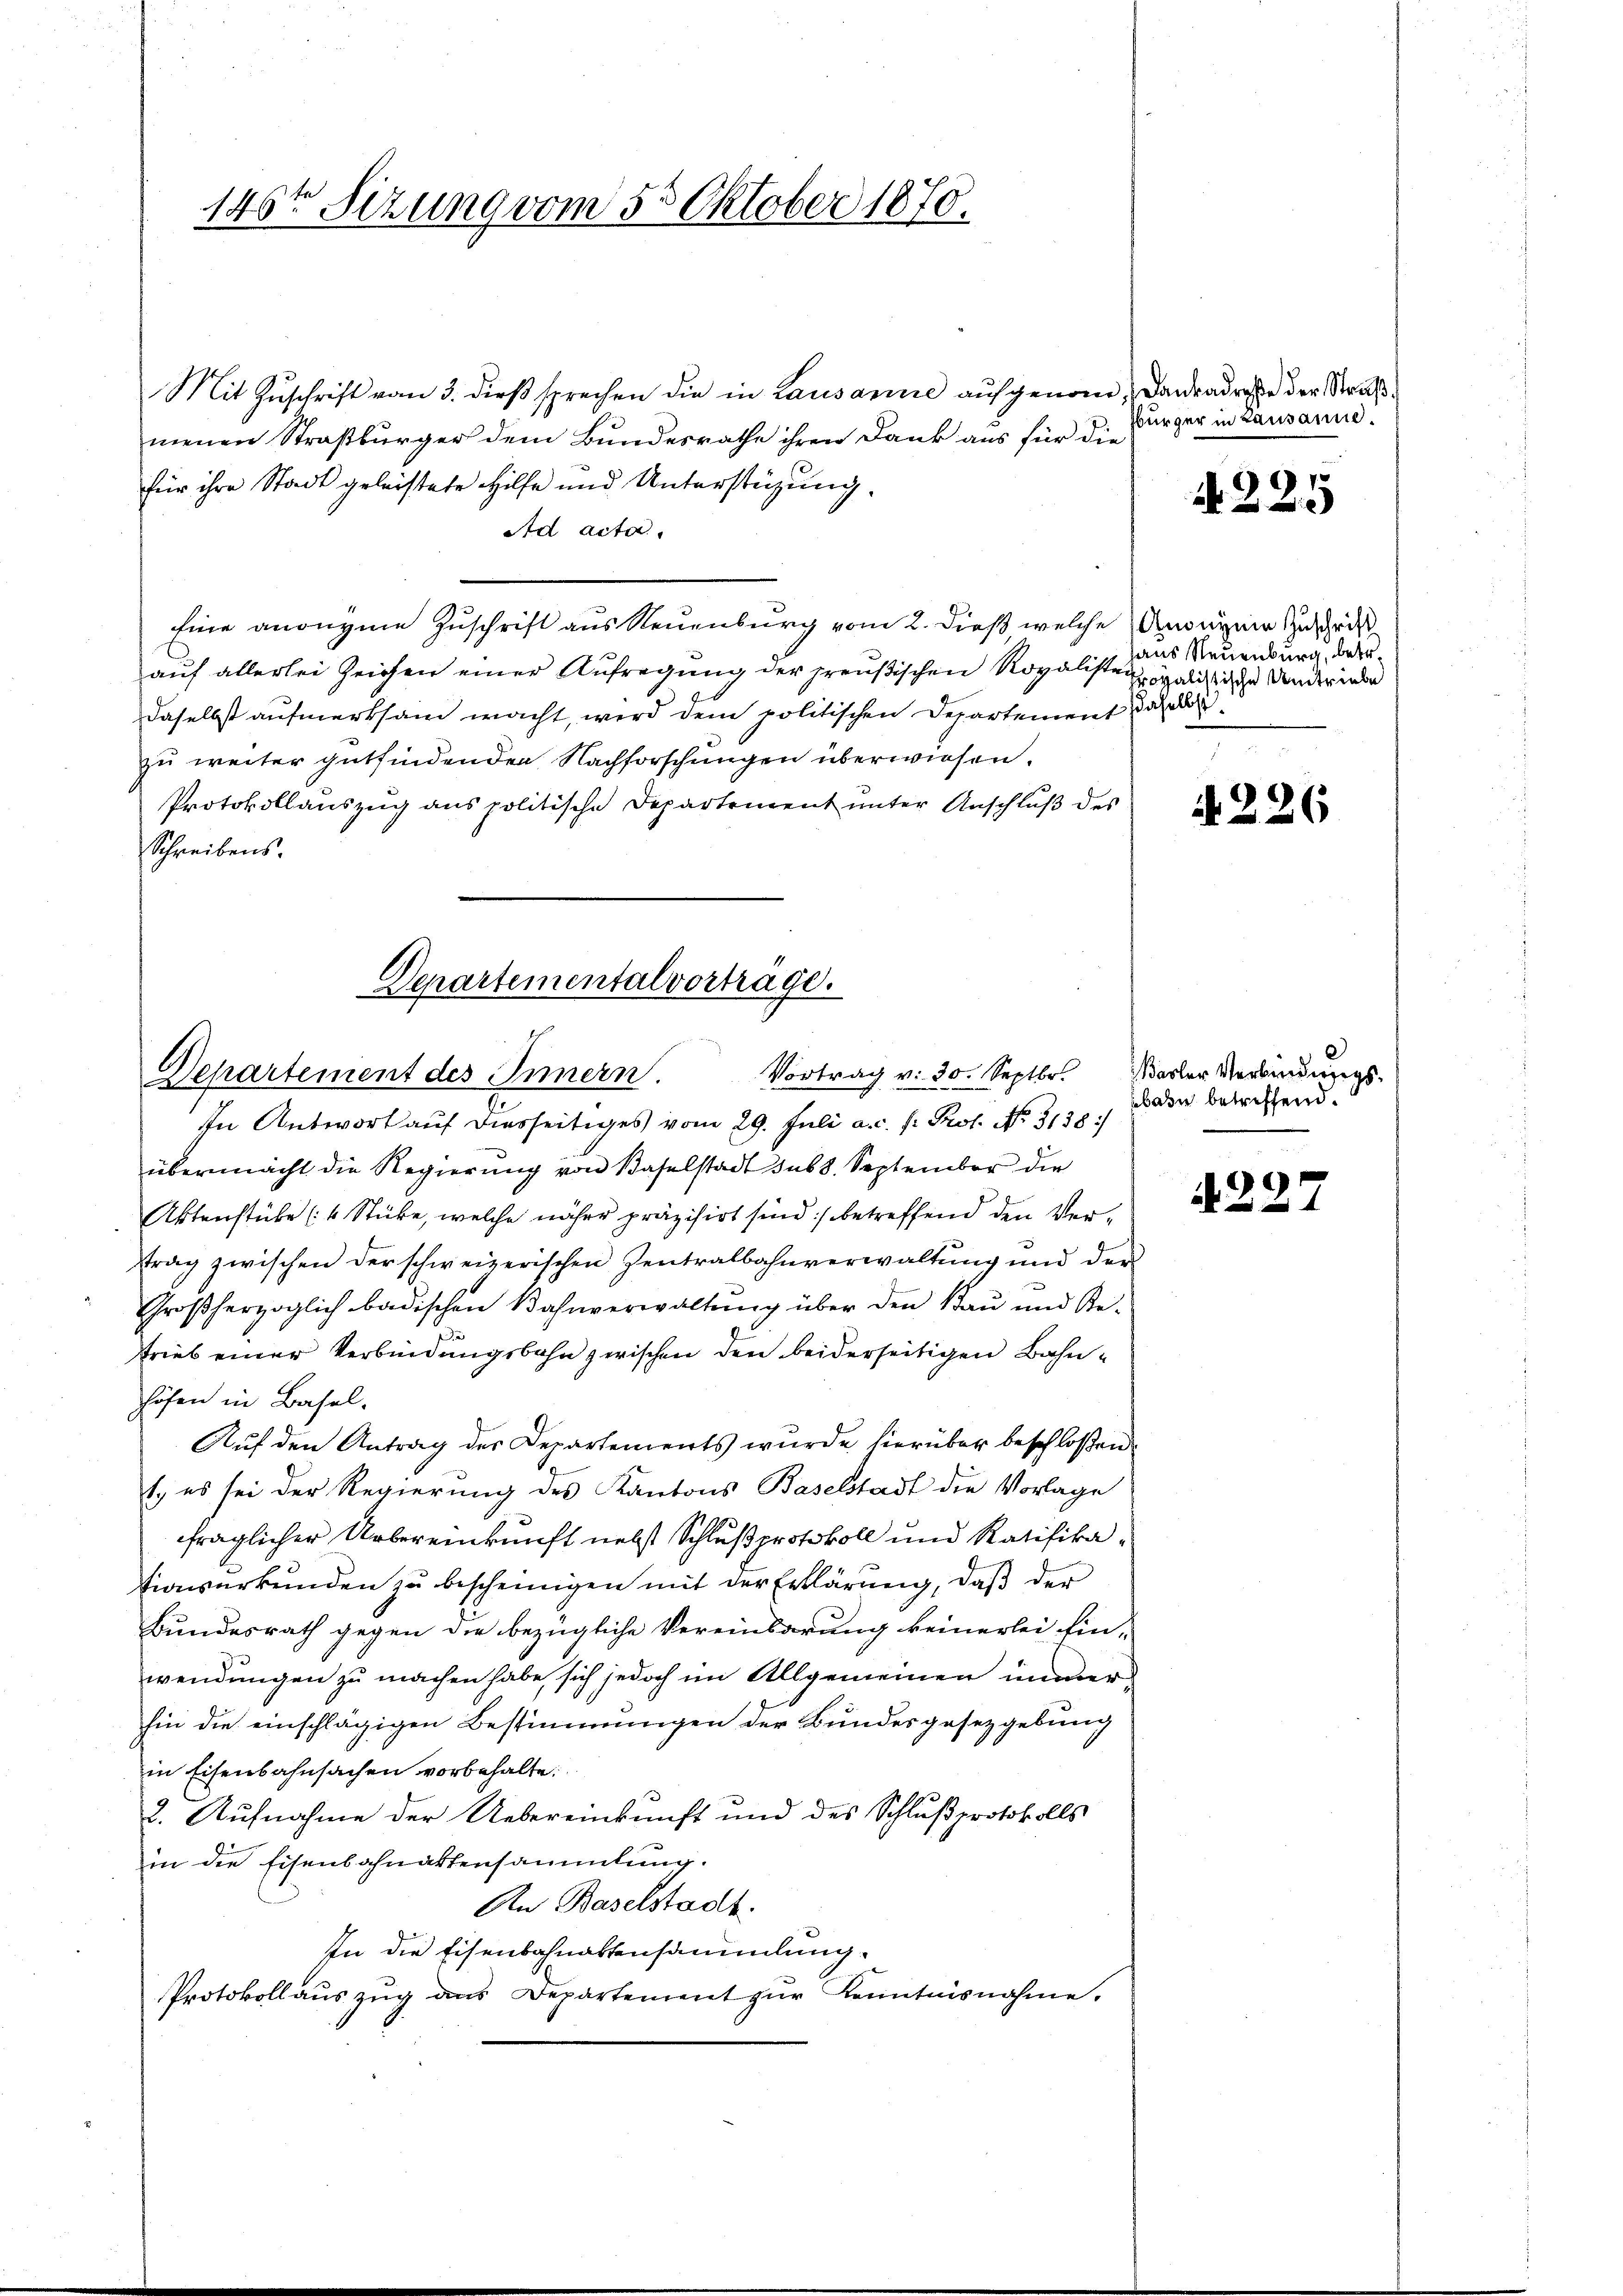
146ten Sizung vom 5. Oktober 1870.

Mit Zŭschrift vom 3. dieß sprechen die in Lausanne aufgenom, Barradresse der Straßmenen Straßburger dem Bundesrathe ihren Dank aus für die
für ihre Stadt geleistete Hilfe und Unterstüzung.
Ad acta.
Eine anonyme Zuschrift aus Neuenburg vom 2. dieß welche Anonyme Zuschrist
auf allerlei Zeichen einer Aufregung der preußischen Royalisten galistische Ander inde
daselbst aufmerksam macht, wird dem politischen Departement daher
zu weiter gutfindenden Nachforschungen überwiesen.
Protokollauszug aus politische Departement unter Anschluß des
Schreibens.

Departementalvorträge.
Departement des Innern. Vortrag v. 30. Septbr.

In Antwort auf diesseitiges vom 29. Juli a. c. fr. Prof. No. 3138.
übermacht die Regierung von Baselstadt sub 8. September die
Aktenstube (4 Stücke, welche näher präzisirt sind :/ betreffend den Verftrag zwischen der schweizerischen Zentralbahnverwaltŭng und der-
Großherzoglich badischen Bahnverwaltung über den Bau und Retrieb einer Verbindungsbahn zwischen den beiderseitigen Bahnhöfen in Basel.
Auf den Antrag des Departements wurde hierüber beschloßen
1. es sei der Regierung des Kantons Baselstadt die Vorlage
fraglicher Uebereinkunft nebst Schlußprotokoll und Ratifikationsurkunden zu bescheinigen mit der Erklärung, daß der
Bundesrath gegen die bezügliche Vereinbarung keinerlei Ein-
wendungen zu machen habe sich jedoch im Allgemeinen immer
hin die einschlägigen Bestimmungen der Bundesgesetzgebung
in Eisenbahnsachen vorbehalte.
2. Aufnahme der Uebereinkunft und des Schlußprotokolls
in die Eisenbahnaktensammlung.
An Baselstadt.
In die Eisenbahnaktensammlung.
Protokollaŭszŭg das Departement zŭr Kenntnisnahme.

sbürger in Lausanne.

7
N 22

aus Neuenburg, betr.

226

Basler Verbindungsbarn betreffend.

9